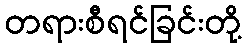
တရားစီရင်ခြင်းတို့